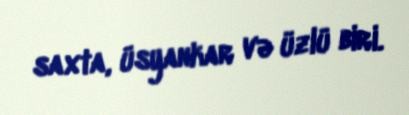
saxta, üsyankar və üzlü biri.